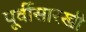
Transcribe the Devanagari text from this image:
पूर्वीसारखी